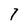
Character: 7